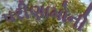
પરીણામોની